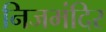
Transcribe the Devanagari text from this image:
निजमंदिर